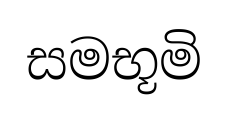
සමභූමි